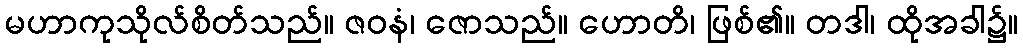
မဟာကုသိုလ်စိတ်သည်။ ဇဝနံ၊ ဇောသည်။ ဟောတိ၊ ဖြစ်၏။ တဒါ၊ ထိုအခါ၌။